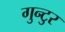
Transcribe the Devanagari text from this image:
गुन्टुर